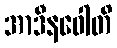
အာဒီနဝေါတိ